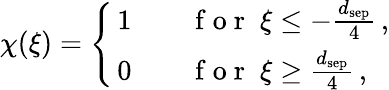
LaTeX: \chi(\xi)=\left\{ \begin{array}{ll}{\, 1}&{\quad\mathrm{~f~o~r~}\; \xi\leq-\frac{d_{\mathrm{sep}}}{4}\, ,}\\ {\, 0}&{\quad\mathrm{~f~o~r~}\; \xi\geq\frac{d_{\mathrm{sep}}}{4}\, ,}\end{array}\right.